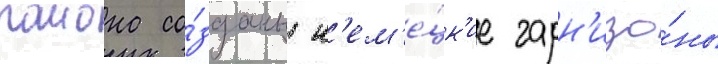
раиона со́зданы н'ем'е́цк'ие гарн'изо́ны